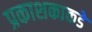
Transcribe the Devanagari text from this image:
प्रकाशकाकडे